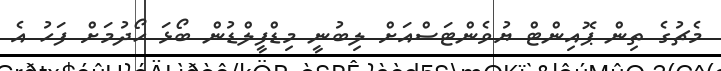
މެޗުގެ ތިން ޕޮއިންޓް ޔުވެންޓަސްއަށް ލިބުނީ މިޑްފީލްޑުން ބޯޅަ ހޯދުމަށް ފަހު އެ